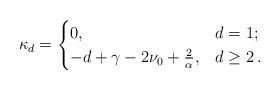
LaTeX: \begin{align*} \kappa_{d} =\begin{cases} 0 , & d=1 ; \\ -d+\gamma-2\nu_0+\frac{2}{\alpha} , & d\geq 2\,. \end{cases}\end{align*}